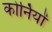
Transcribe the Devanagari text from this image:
कोर्नियों